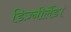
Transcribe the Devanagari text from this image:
डिज़्नीलैंड।